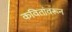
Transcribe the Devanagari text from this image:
कवितांवरून